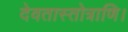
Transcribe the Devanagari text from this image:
देवतास्तोत्राणि।